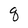
Character: q